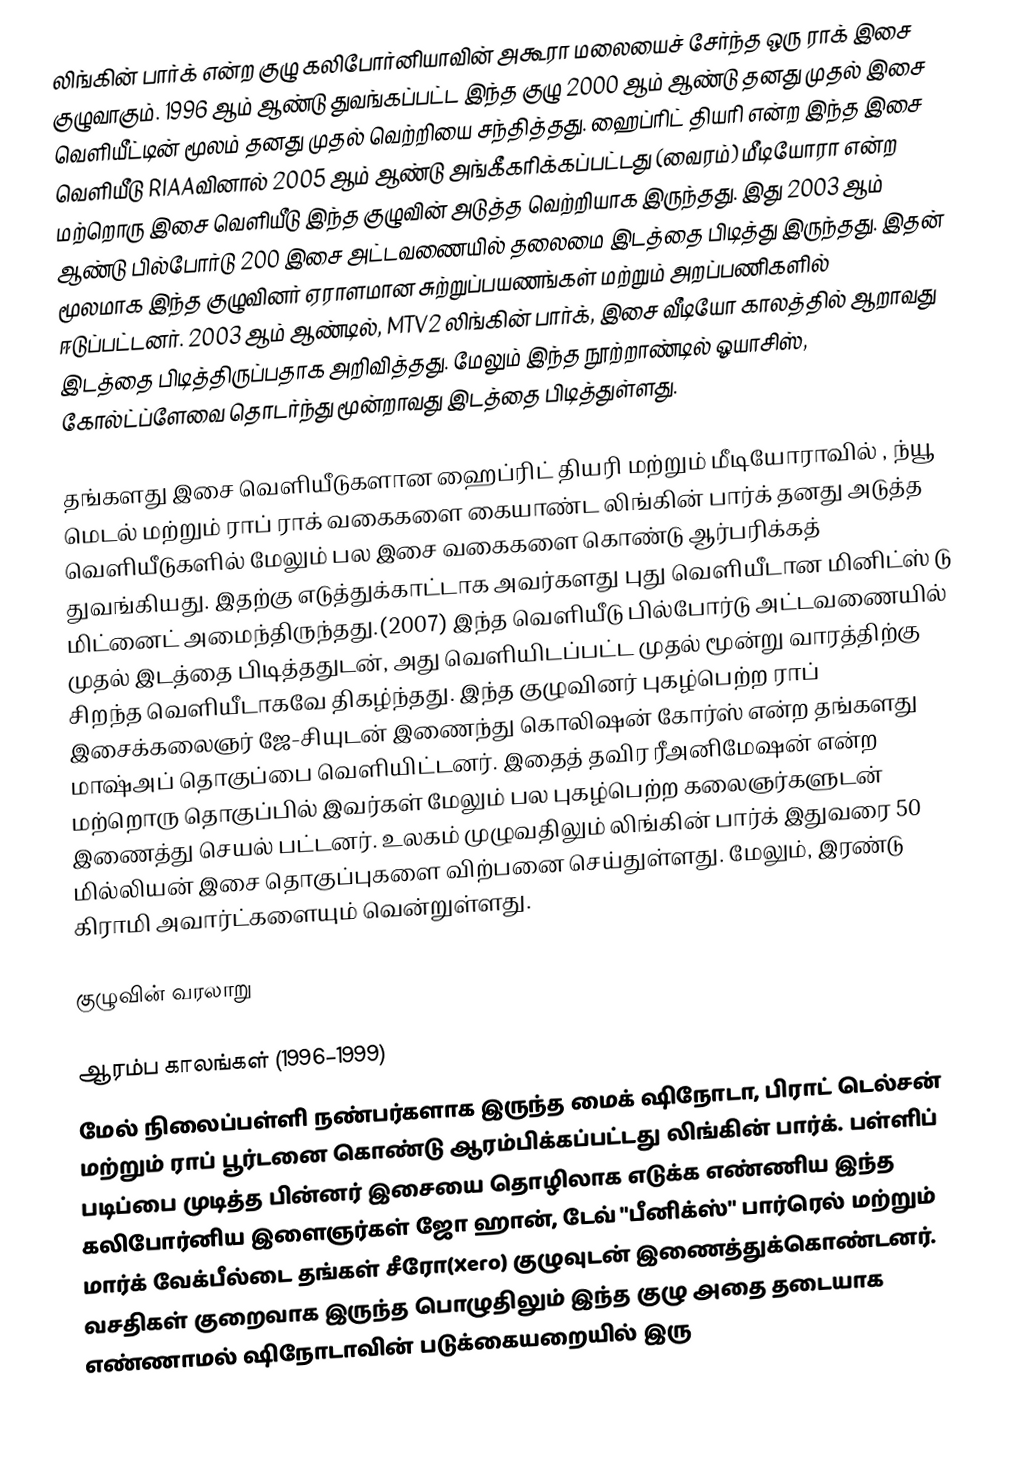
லிங்கின் பார்க் என்ற குழு கலிபோர்னியாவின் அகூரா மலையைச் சேர்ந்த ஒரு ராக் இசை குழுவாகும். 1996 ஆம் ஆண்டு துவங்கப்பட்ட இந்த குழு 2000 ஆம் ஆண்டு தனது முதல் இசை வெளியீட்டின் மூலம் தனது முதல் வெற்றியை சந்தித்தது. ஹைப்ரிட் தியரி என்ற இந்த இசை வெளியீடு RIAAவினால் 2005 ஆம் ஆண்டு அங்கீகரிக்கப்பட்டது (வைரம்) மீடியோரா என்ற மற்றொரு இசை வெளியீடு இந்த குழுவின் அடுத்த வெற்றியாக இருந்தது. இது 2003 ஆம் ஆண்டு பில்போர்டு 200 இசை அட்டவணையில் தலைமை இடத்தை பிடித்து இருந்தது. இதன் மூலமாக இந்த குழுவினர் ஏராளமான சுற்றுப்பயணங்கள் மற்றும் அறப்பணிகளில் ஈடுப்பட்டனர். 2003 ஆம் ஆண்டில், MTV2 லிங்கின் பார்க், இசை வீடியோ காலத்தில் ஆறாவது இடத்தை பிடித்திருப்பதாக அறிவித்தது. மேலும் இந்த நூற்றாண்டில் ஓயாசிஸ், கோல்ட்ப்ளேவை தொடர்ந்து மூன்றாவது இடத்தை பிடித்துள்ளது.

தங்களது இசை வெளியீடுகளான ஹைப்ரிட் தியரி மற்றும் மீடியோராவில் , ந்யூ மெடல் மற்றும் ராப் ராக் வகைகளை கையாண்ட லிங்கின் பார்க் தனது அடுத்த வெளியீடுகளில் மேலும் பல இசை வகைகளை கொண்டு ஆர்பரிக்கத் துவங்கியது. இதற்கு எடுத்துக்காட்டாக அவர்களது புது வெளியீடான மினிட்ஸ் டு மிட்னைட் அமைந்திருந்தது.(2007) இந்த வெளியீடு பில்போர்டு அட்டவணையில் முதல் இடத்தை பிடித்ததுடன், அது வெளியிடப்பட்ட முதல் மூன்று வாரத்திற்கு சிறந்த வெளியீடாகவே திகழ்ந்தது. இந்த குழுவினர் புகழ்பெற்ற ராப் இசைக்கலைஞர் ஜே-சியுடன் இணைந்து கொலிஷன் கோர்ஸ் என்ற தங்களது மாஷ்அப் தொகுப்பை வெளியிட்டனர். இதைத் தவிர ரீஅனிமேஷன் என்ற மற்றொரு தொகுப்பில் இவர்கள் மேலும் பல புகழ்பெற்ற கலைஞர்களுடன் இணைத்து செயல் பட்டனர். உலகம் முழுவதிலும் லிங்கின் பார்க் இதுவரை 50 மில்லியன் இசை தொகுப்புகளை விற்பனை செய்துள்ளது. மேலும், இரண்டு கிராமி அவார்ட்களையும் வென்றுள்ளது.

குழுவின் வரலாறு

ஆரம்ப காலங்கள் (1996–1999)
மேல் நிலைப்பள்ளி நண்பர்களாக இருந்த மைக் ஷிநோடா, பிராட் டெல்சன் மற்றும் ராப் பூர்டனை கொண்டு ஆரம்பிக்கப்பட்டது லிங்கின் பார்க். பள்ளிப் படிப்பை முடித்த பின்னர் இசையை தொழிலாக எடுக்க எண்ணிய இந்த கலிபோர்னிய இளைஞர்கள் ஜோ ஹான், டேவ் "பீனிக்ஸ்" பார்ரெல் மற்றும் மார்க் வேக்பீல்டை தங்கள் சீரோ(Xero) குழுவுடன் இணைத்துக்கொண்டனர். வசதிகள் குறைவாக இருந்த பொழுதிலும் இந்த குழு அதை தடையாக எண்ணாமல் ஷிநோடாவின் படுக்கையறையில் இரு